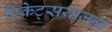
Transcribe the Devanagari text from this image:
रिकेट्सयाजन्य